Report on inoculation in the plague infected areas of the Punjab and its dependencies from October 1900 to September 1901
Year: 1900
Disease focus: Plague
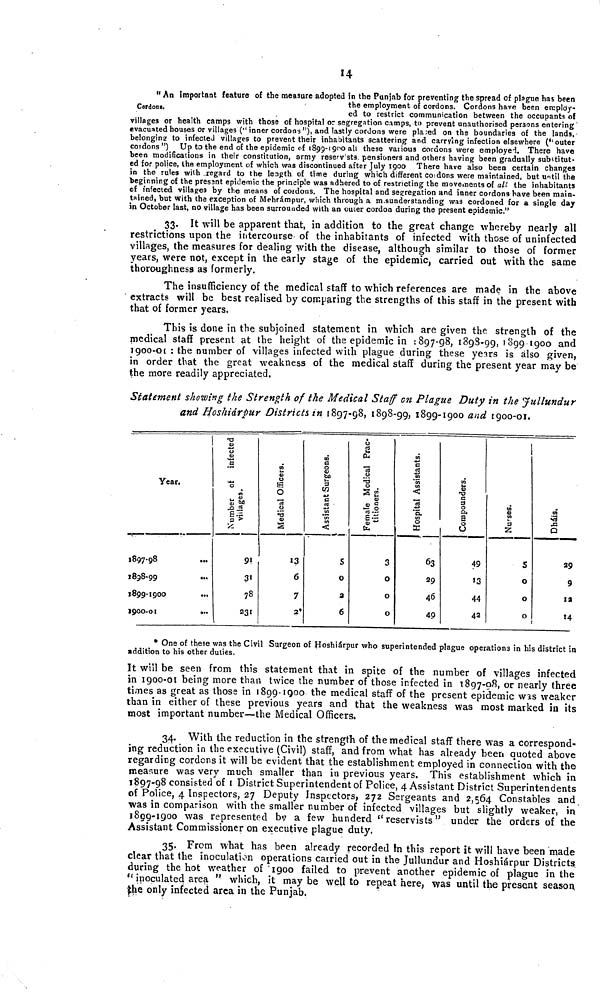
14
Cordons.
" An important feature of the measure adopted in the Punjab for preventing the spread of plague has been
the employment of cordons. Cordons have been employ-
ed to restrict communication between the occupants of
villages or health camps with those of hospital or segregation camps, to prevent unauthorised persons entering
evacuated houses or villages (''inner cordons"), and lastly cordons were placed on the boundaries of the lands,
belongine to infected villages to prevent their inhabitants scattering and carrying infection elsewhere ("outer
cordons") Up to the end of the epidemic of 1899-1900 all these various cordons were employed. There have
been modifications in their constitution, army reserv sts pensioners and others having been gradually substitut-
ed for police, the employment of which was discontinued after July 1900 There have also been certain changes
in the rules with regard to the length of time during which different co dons were maintained, but until the
beginning of the presant epidemic the principle was adhered to of restricting the movements of al; the inhabitants
of infected villages by the means of cordons. The hospital and segregation and inner cordons have been main-
tained, but with the exception of Mehrámpur, which through a m.sunderstanding was cordoned for a single day
in October last, no village has been surrounded with an outer cordon during the present epidemic."
33. It will be apparent that, in addition to the great change whereby nearly all
restrictions upon the intercourse of the inhabitants of infected with those of uninfected
villages, the measures for dealing with the disease, although similar to those of former
years, were not, except in the early stage of the epidemic, carried out with the same
thoroughness as formerly.
The insufficiency of the medical staff to which references are made in the above
extracts will be best realised by comparing the strengths of this staff in the present with
that of former years.
This is done in the subjoined statement in which are given the strength of the
medical staff present at the height of the epidemic in 1897-98, 1898-99, 1899 1900 and
1900-01 : the number of villages infected with plague during these years is also given,
in order that the great weakness of the medical staff during the present year may be
the more readily appreciated.
Statement showing the Strength of the Medical Staff en Plague Duty in the Jullundur
and Hoshiárpur Districts in 1897-98, 1898-99, 1899-1900 and 1900-01.
Year.
1897-98
1898-99
...
1899-1900
1900-01
...
Number of infected Villages.
91
31
78
231
Medical Officers.
13
6
7
2*
Assistant Surgeons.
5
0
a
6
Female Medical Practitioners.
3
0
0
0
Hospital Assistant.
63
29
46
49
Compounders.
49
13
44
42
Nurses.
5
0
0
0
Dháis.
29
9
13
14
* One of these was the Civil Surgeon of Hoshiárpur who superintended plague operations in his district in
addition to his other duties.
It will be seen from this statement that in spite of the number of villages infected
in 1900-01 being more than twice the number of those infected in 1897-98, or nearly three
times as great as those in 1899-1900 the medical staff of the present epidemic was weaker
than in either of these previous years and that the weakness was most marked in its
most important number—the Medical Officers.
34. With the reduction in the strength of the medical staff there was a correspond-
ing reduction in the executive (Civil) staff, and from what has already been quoted above
regarding cordons it will be evident that the establishment employed in connection with the
measure was very much smaller than in previous years, This establishment which in
1897-98 consisted of I District Superintendent of Police, 4 Assistant District Superintendents
of Police, 4 Inspectors, 27 Deputy Inspectors, 272 Sergeants and 2,564 Constables and
was in comparison with the smaller number of infected villages but slightly weaker, in
1899-1900 was represented by a few hunderd "reservists" under the orders of the
Assistant Commissioner on executive plague duty.
35. From what has been already recorded to this report it will have been made
clear that the inoculation operations carried out in the Jullundur and Hoshiárpur Districts
during the hot weather of 1900 failed to prevent another epidemic of plague in the
" inoculated area " which, it may be well to repeat here, was until the present season
the only infected area in the Punjab.